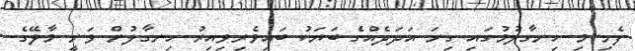
ފެށި މި ހިނގާލުމުގައި ގިނަ އަދަދެއްގެ ބަޔަކު ބައިވެރިވިއިރު ހިނގާލުން ވަނީ މާލޭގެ